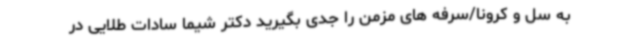
به سل و کرونا/سرفه های مزمن را جدی بگیرید دکتر شیما سادات طلایی در